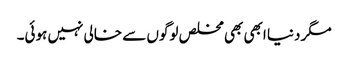
مگر دنیا ابھی بھی مخلص لوگوں سے خالی نہیں ہوئی۔